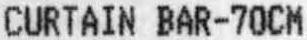
CURTAIN BAR-70CM